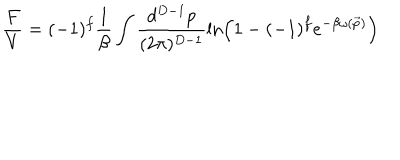
\frac { F } { V } = ( - 1 ) ^ { f } \frac { 1 } { \beta } \int \frac { d ^ { D - 1 } p } { ( 2 \pi ) ^ { D - 1 } } \ln \left( 1 - ( - 1 ) ^ { f } e ^ { - \beta \omega ( \vec { p } ) } \right)